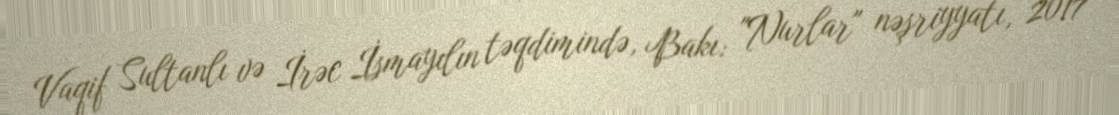
Vaqif Sultanlı və İrəc İsmayılın təqdimində, Bakı: "Nurlar" nəşriyyatı, 2017